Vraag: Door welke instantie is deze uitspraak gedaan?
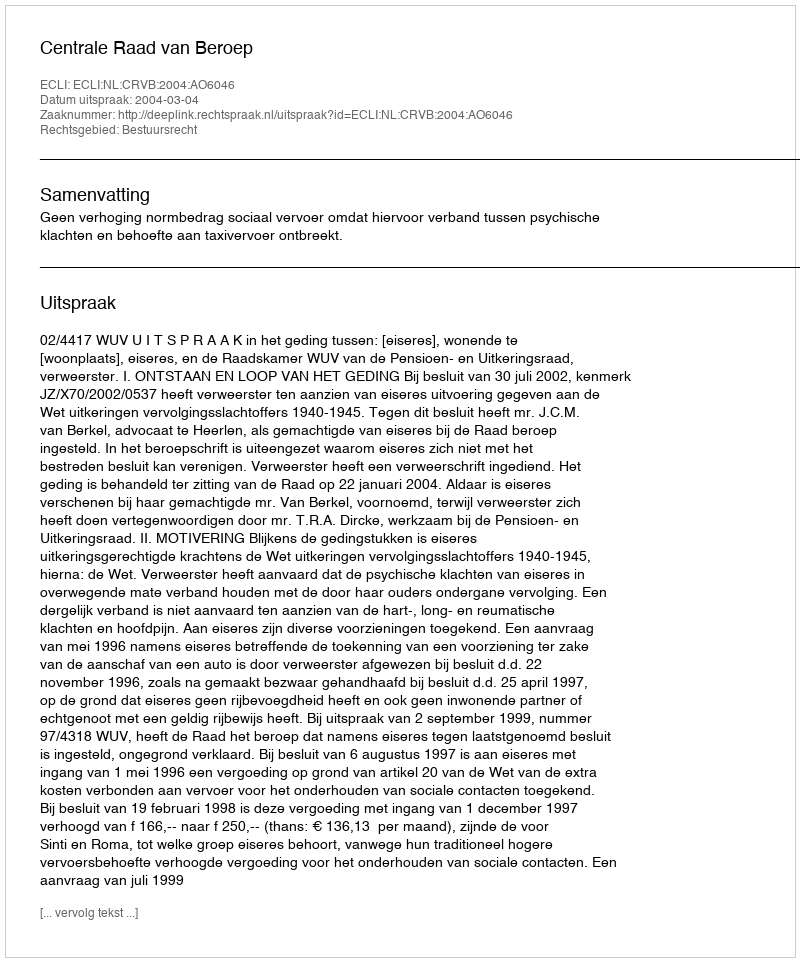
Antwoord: Centrale Raad van Beroep